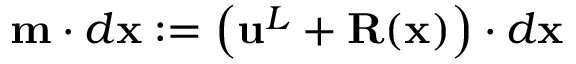
\mathbf { m } \cdot d \mathbf { x } : = \left( \mathbf { u } ^ { L } + \mathbf { R } ( \mathbf { x } ) \right) \cdot d \mathbf { x }